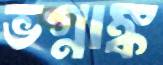
ভগ্নাঙ্ক